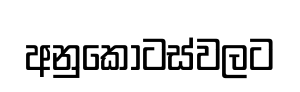
අනුකොටස්වලට